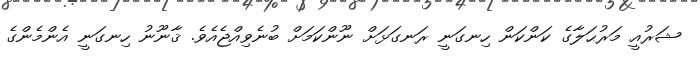
ޝަރުއީ މަރުޙަލާގެ ކަންކަން ހިނގަނީ ރަނގަޅަށް ނޫންކަމަށް ބުނެވިއްޖެއެވެ. ޤާނޫނު ހިނގަނީ އެންމެންގެ